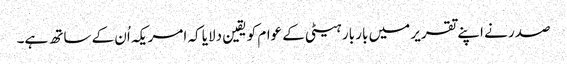
صدر نے اپنے تقریر میں بار بار ہیٹی کے عوام کو یقین دلایا کہ امریکہ اُن کے ساتھ ہے۔